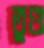
তুণ্ড